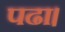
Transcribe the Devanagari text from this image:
पढा।